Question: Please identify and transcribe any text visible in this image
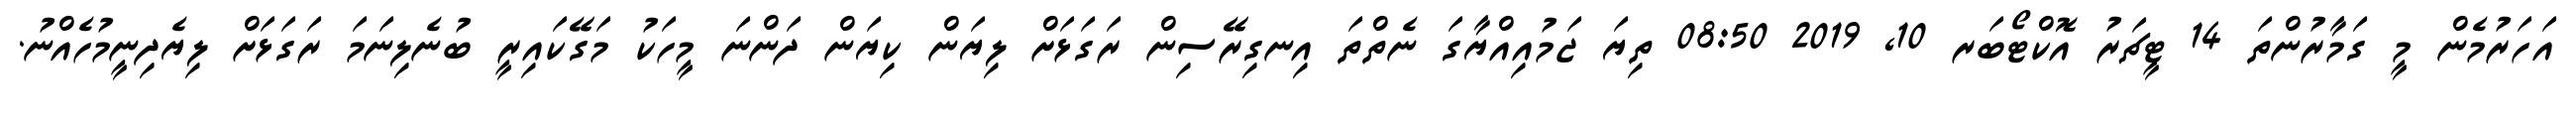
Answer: އަހަރުމެން މީ ގަމާރުންތަ 14 ޓީޗަރު އޮކްޓޯބަރ 10, 2019 08:50 ތިޔަ ޖަމުއިއްޔާގަ ނެތްތަ އިނގިރޭސިން ރަގަޅަށް ލިޔަން ކިޔަން ދަންނަ މީހަކު މަގޭކައިރީ ބުނެލިނަމަ ރަގަޅަށް ލިޔެދިނީމުހެއްނު.